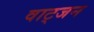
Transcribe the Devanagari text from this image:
वाट्जन